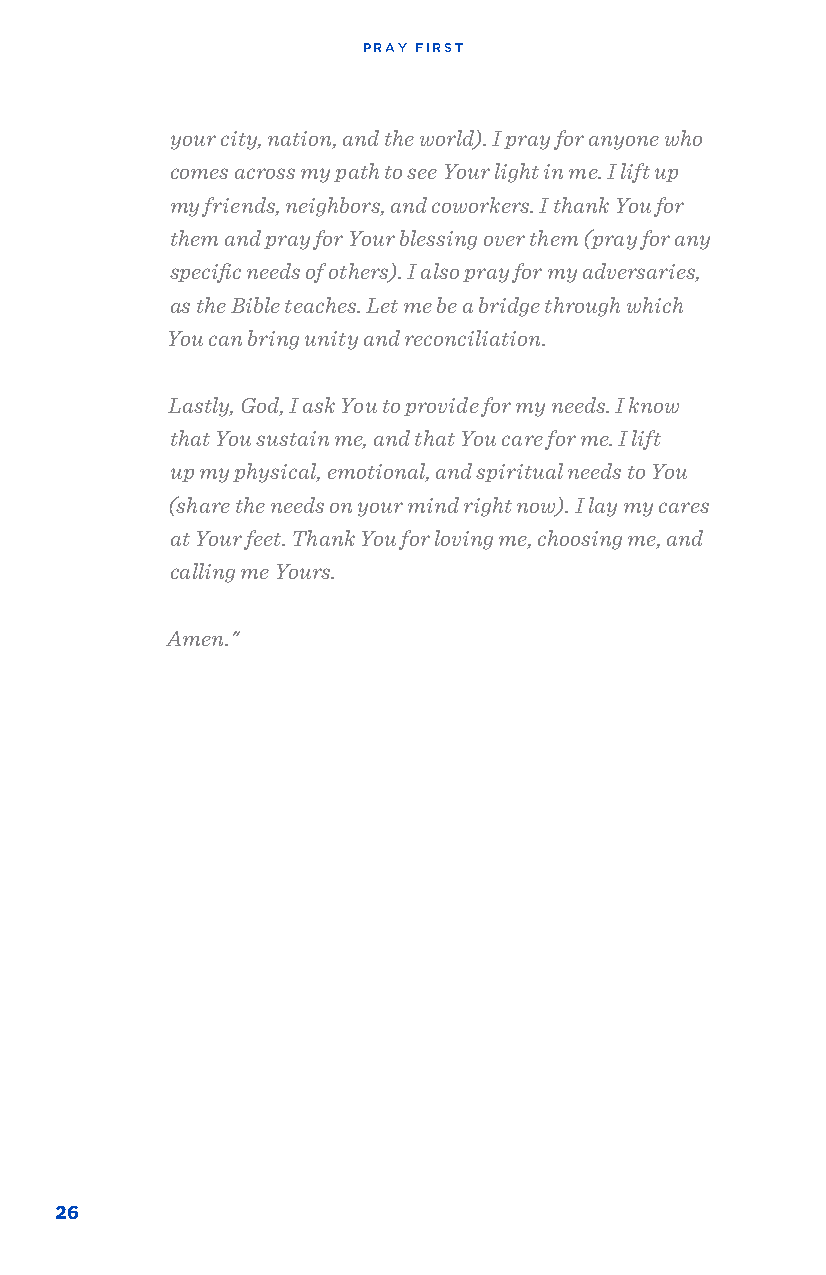
PRAY FIRST
 your city, nation, and the world). I pray for anyone who
 comes across my path to see Your light in me. I lift up
 my friends, neighbors, and coworkers. I thank You for
 them and pray for Your blessing over them (pray for any
 specific needs of others). I also pray for my adversaries,
 as the Bible teaches. Let me be a bridge through which
 You can bring unity and reconciliation.
 Lastly, God, I ask You to provide for my needs. I know
 that You sustain me, and that You care for me. I lift
 up my physical, emotional, and spiritual needs to You
 (share the needs on your mind right now). I lay my cares
 at Your feet. Thank You for loving me, choosing me, and
 calling me Yours.
 Amen."
 26